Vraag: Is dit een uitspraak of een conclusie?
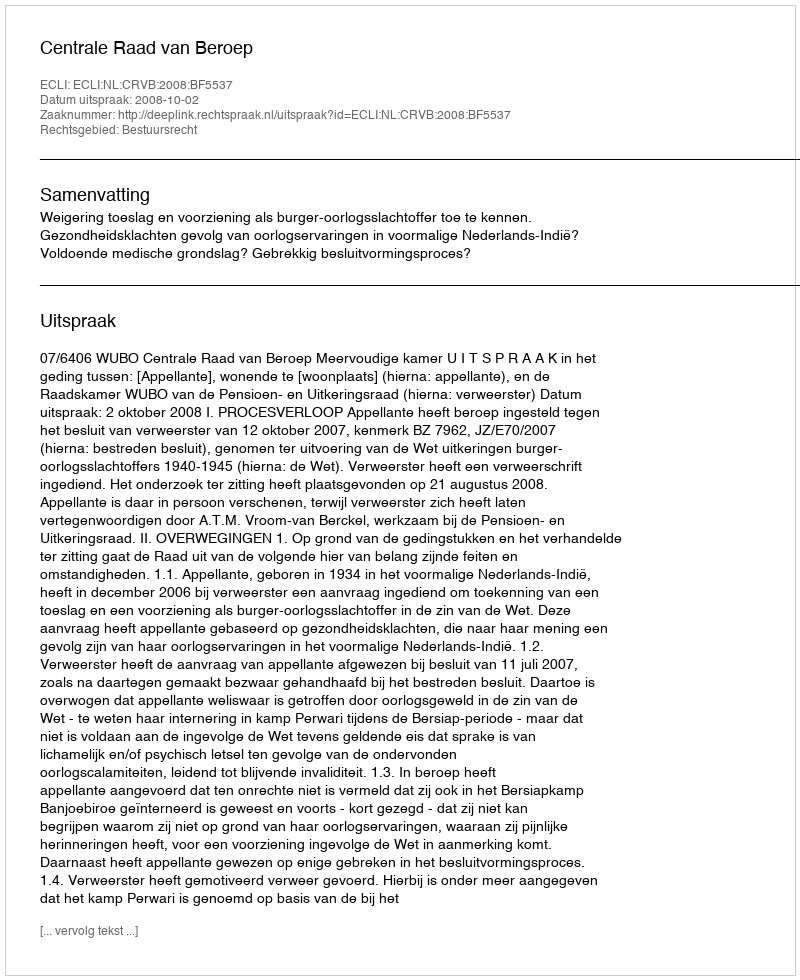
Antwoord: Uitspraak